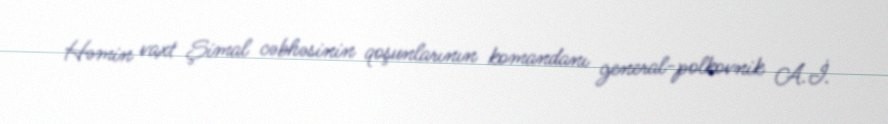
Həmin vaxt Şimal cəbhəsinin qoşunlarının komandanı general-polkovnik A.İ.